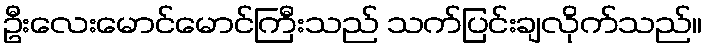
ဦးလေးမောင်မောင်ကြီးသည် သက်ပြင်းချလိုက်သည်။